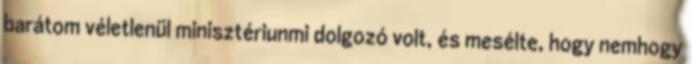
barátom véletlenül minisztériunmi dolgozó volt, és mesélte, hogy nemhogy